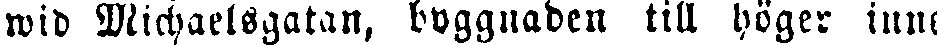
wid Michaelsgatan, byggnaden till höger inne